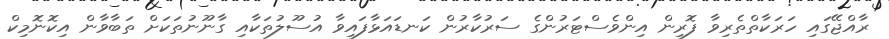
ރާއްޖޭގައި ހަރަކާތްތެރިވާ ފޮރިން އިންވެސްޓަރުންގެ ސަރުކާރުން ކަނޑައަޅާފައިވާ އުސޫލުތަކާއި ގާނޫނުތަކަށް ތަބާވާން އިކޮނޮމިކް